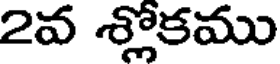
2వ శ్లోకము